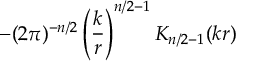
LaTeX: - ( 2 \pi ) ^ { - n / 2 } \left( { \frac { k } { r } } \right) ^ { n / 2 - 1 } K _ { n / 2 - 1 } ( k r )